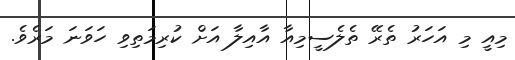
މިއީ މި އަހަރު ތެރޭ ތެލެސީމިއާ އާއިލާ އަށް ކުރިމަތިވި ހަވަނަ މަރެވެ.